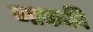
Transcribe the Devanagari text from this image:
गाफकी